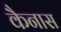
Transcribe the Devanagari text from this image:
कैनास